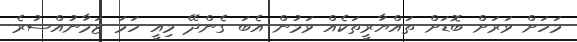
މަހަށް ވަރަށް ބޮޑަށް ތައްޔާރީތަކެއް ވަމުން އެބަ ގެންދޭ މިއީ ހަމަ ޒަމާނުއްސުރެ